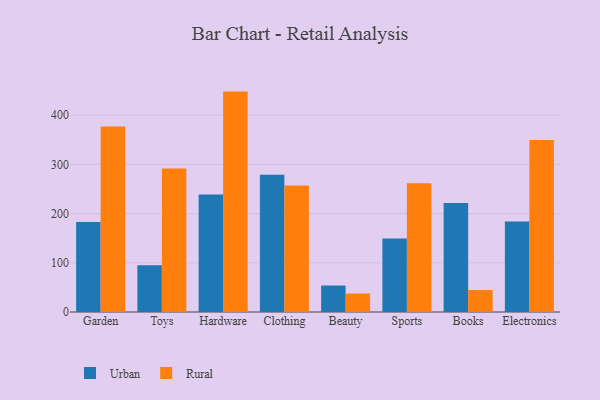
{"axis": {"x": "Category", "y": "Website Visitors"}, "legend": ["Rural", "Urban"], "data": [{"x": "Garden", "y": 182.9, "type": "Urban"}, {"x": "Garden", "y": 377.0, "type": "Rural"}, {"x": "Toys", "y": 94.9, "type": "Urban"}, {"x": "Toys", "y": 291.6, "type": "Rural"}, {"x": "Hardware", "y": 238.7, "type": "Urban"}, {"x": "Hardware", "y": 447.9, "type": "Rural"}, {"x": "Clothing", "y": 279.1, "type": "Urban"}, {"x": "Clothing", "y": 257.2, "type": "Rural"}, {"x": "Beauty", "y": 53.8, "type": "Urban"}, {"x": "Beauty", "y": 37.5, "type": "Rural"}, {"x": "Sports", "y": 149.2, "type": "Urban"}, {"x": "Sports", "y": 261.5, "type": "Rural"}, {"x": "Books", "y": 221.4, "type": "Urban"}, {"x": "Books", "y": 44.7, "type": "Rural"}, {"x": "Electronics", "y": 183.7, "type": "Urban"}, {"x": "Electronics", "y": 349.6, "type": "Rural"}]}